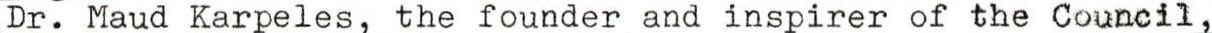
Dr. Maud Karpeles, the founder and inspirer of the Council,